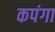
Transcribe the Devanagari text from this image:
कपंगा